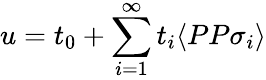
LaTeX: u=t_{0}+\sum_{i=1}^{\infty}t_{i}\langle PP\sigma_{i}\rangle